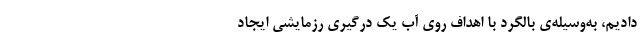
دادیم، به‌وسیله‌ی بالگرد با اهداف روی آب یک درگیری رزمایشی ایجاد